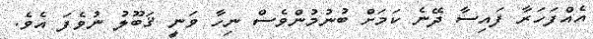
އެއްފަހަރާ ފައިސާ ދޭނެ ކަމަށް ބުނުމުންވެސް ނިހާ ވަނީ ޤަބޫލު ނުވެފަ އެވެ.